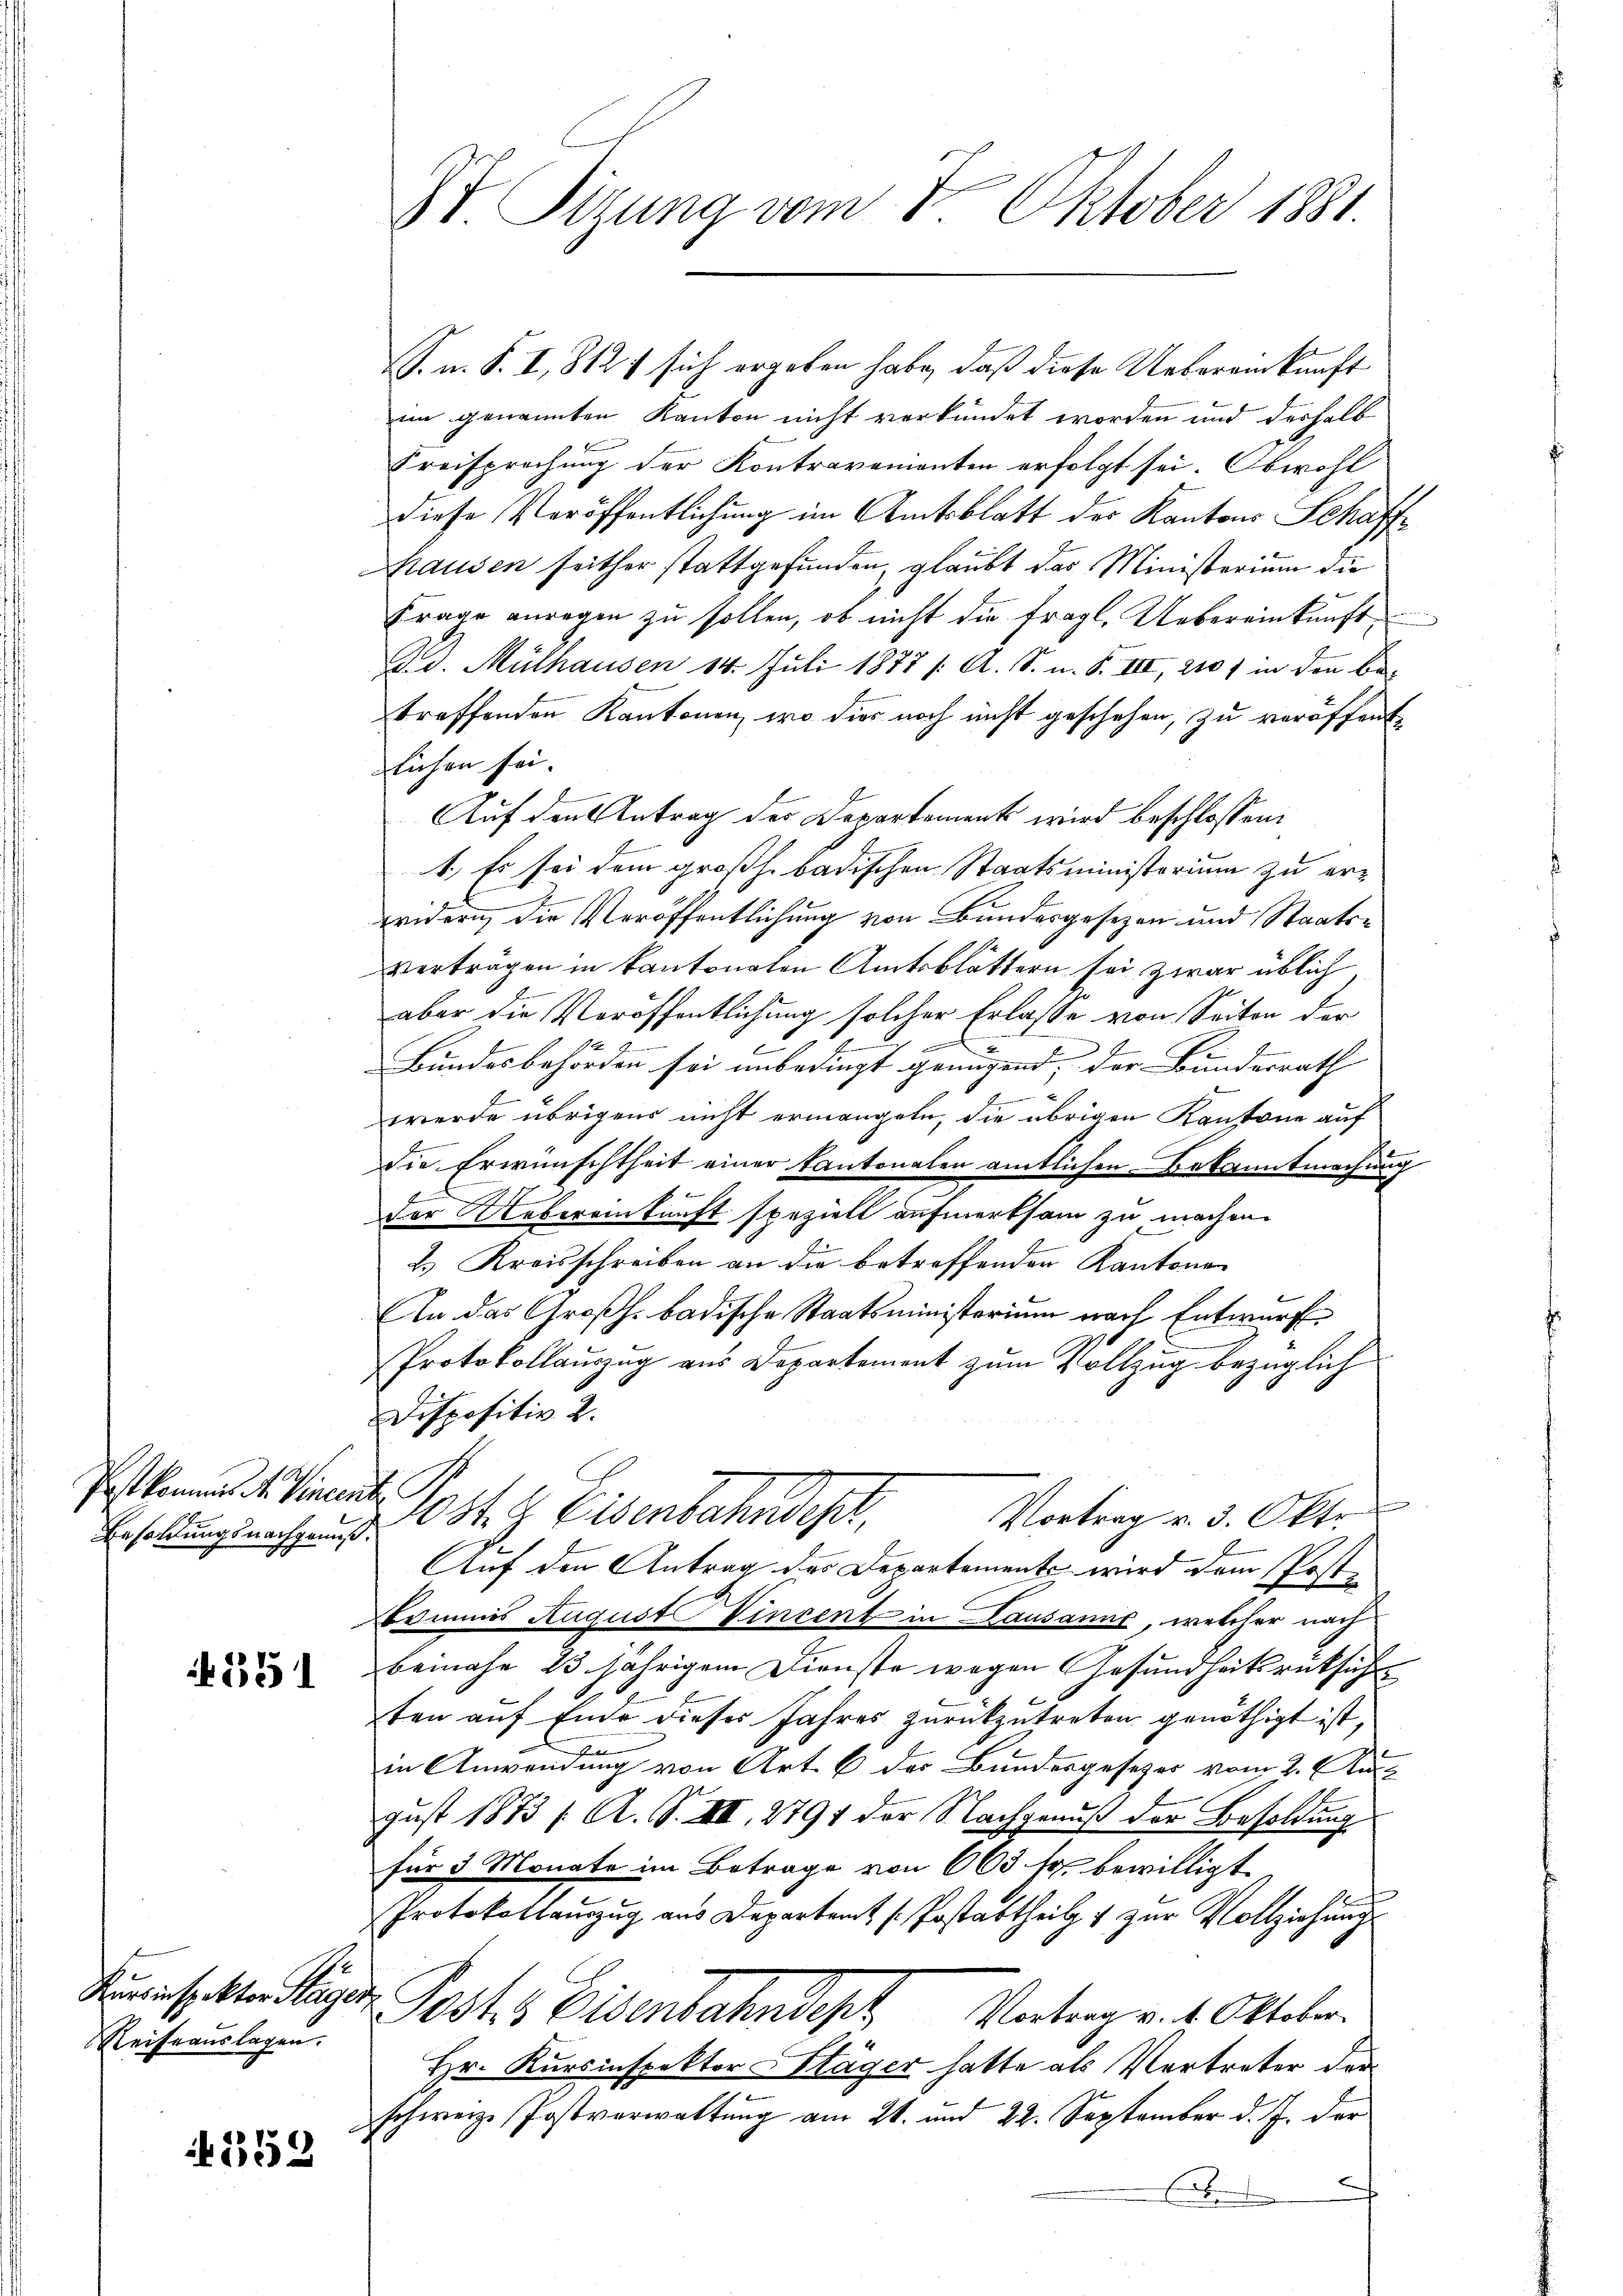
Post kommst. Vincer
Besoldungsnachgenuß

351

Kursinspektor Stäge.
Reiseauslagen.

252

II. Sizung vom 8. Oktober 1881.

S. u. S. I, 812 sich ergeben habe, daß diese Uebereinkunft
in genannten Kanton nicht verkündet worden und deshalb
Freisprechung der Kontravenienten erfolgt sei. Obwohl
diese Veröffentlichung im Amtsblatt der Kantons Schaffhausen seither stattgefunden, glaubt das Ministerium die
Frage anregen zu sollen, ob nicht die fragl. Uebereinkunft,
2 v. Mülhausen 14. Juli 1877 /: A. S. n. F. VII, 210 f in den be-
treffenden Kantonen, wo dies noch nicht geschehen, zu veröffentlichen sei.
Auf den Antrag der Departement wird beschlossen:
1. Es sei dem großh. badischen Staatsministerium zu erwidern die Veröffentlichung von Bundesgesezen und Staatsverträgen in kantonaten Amtsblättern sei zwar üblich,
aber die Veröffentlichung solcher Erlasse von Seiten der
.

4.
Bundesbehörden sei unbedingt genügend, der Bundesrath |
f
werde übrigens nicht ermangete, die übrigen Kantone auf
die Erwünschtheit einer Kantonalen amtlichen Bekanntmachung
der Uebereinkunft speziell aufmerksam zu machen.
2. Kreisschreiben an die betreffenden Kantonen
In das Großh. badische Staatsministerium nach Entwurf
Protokollauszug aus Departement zum Vollzug bezüglich
Dispositiv 2.
Posten Eisenbahndet,
Vortrag v. 3. Okt
Auf den Antrag des Departement wird dem Post-
Erinnes August Vincent in Lausanne, welcher nach
beinahe 23 jährigem Dienste wegen Gesundheitsrücksich
ten auf Ende dieses Jahres zurückzutreten genöthigt ist,
d
in Anwendung von Art. 6 der Bundesgesezes vom 2. Au
gust 1873 / A. S. VIII, 2791 der Nachgenuß der Besoldung
für 3 Monate im Betrage von 600 fr. bewilligt
Protokollauszug aus Departamt (Postattheil & zur Vollziehung
Jost, Eisenbahndept Vortrag v. 1. Oktober.
Hr. Kursinspektor Kläger hatte als Vertreter der
schwerze Postverwaltung am 21. und 22. September d. J. der
¬
A